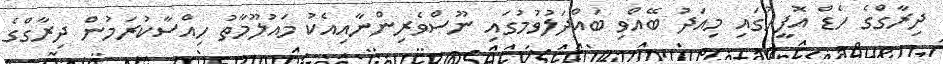
ދިރާގްގެ ހެޑް އޮފީހުގައި މިއަދު ބޭއްވި ބައްދަލުވުމުގައި ނޫސްވެރިންނާއިއެކު މައުލޫމާތު ހިއްސާކުރަމުން ދިރާގްގެ